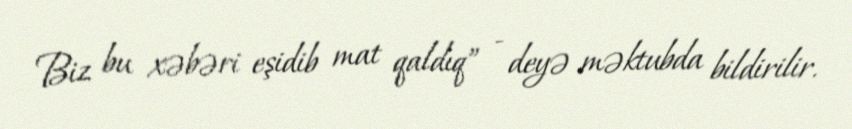
Biz bu xəbəri eşidib mat qaldıq” - deyə məktubda bildirilir.